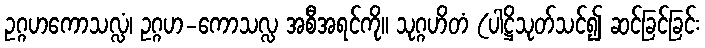
ဥဂ္ဂဟကောသလ္လံ၊ ဥဂ္ဂဟ-ကောသလ္လ အစီအရင်ကို။ သုဂ္ဂဟိတံ (ပါဋ္ဌိသုတ်သင်၍ ဆင်ခြင်ခြင်း